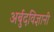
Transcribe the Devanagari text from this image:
अर्बुदविज्ञानी